Civil Veterinary Dept. Assam report 1927-50 - 1927-1950
Year: 1927
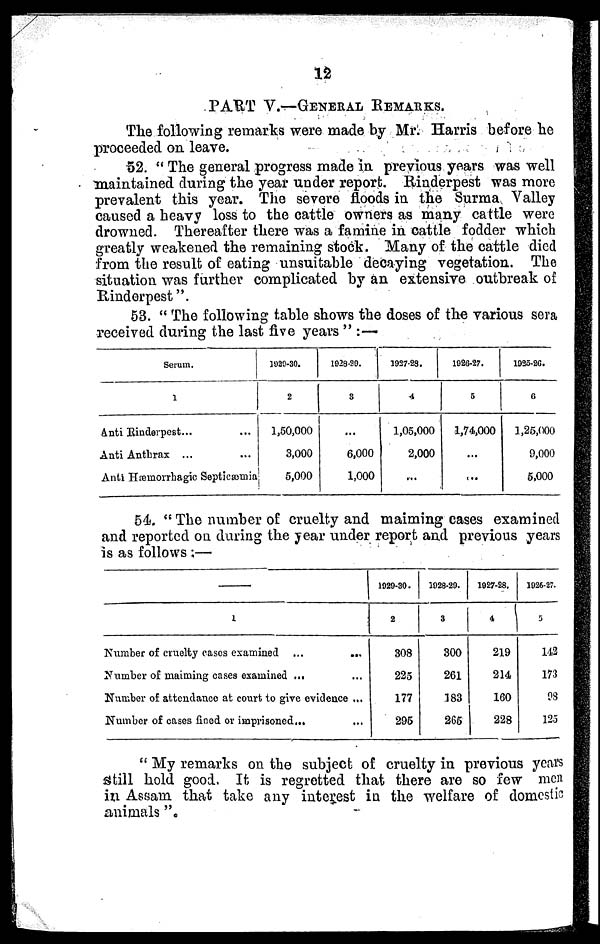
12
PART V.—GENERAL REMARKS.
The following remarks were made by Mr. Harris before he
proceeded on leave.
52. "The general progress made in previous years was well
maintained during the year under report. Rinderpest was more
prevalent this year. The severe floods in the Surma Valley
caused a heavy loss to the cattle owners as many cattle were
drowned. Thereafter there was a famine in cattle fodder which
greatly weakened the remaining stock. Many of the cattle died
from the result of eating unsuitable decaying vegetation. The
situation was further complicated by an extensive outbreak of
Rinderpest".
53. "The following table shows the doses of the various sera
received during the last five years " :—
Serum.
1
Anti Rinderpest... ...
Anti Anthrax ... ...
Anti Hæinorrhagic Septicæmia
1929-30.
2
1,50,000
3,000
5,000
1928-29.
3
...
6,000
1,000
1927-23.
4
1,05,000
2,000
...
1020-27.
5
1,74,000
...
...
1025-26.
6
1,25,000
0,000
5,000
54. "The number of cruelty and maiming cases examined
and reported on during the year under report and previous years
is as follows :—
1
Number of cruelty cases examined ...
...
Number of maiming cases examined ... ...
Number of attendance at court to give evidence ...
Number of cases fined or imprisoned... ...
1929-30.
2
308
225
177
295
1028-29.
3
300
261
183
265
1027-28.
4
219
214
160
228
1926-27.
3
142
173
28
123
"My remarks on the subject of cruelty in previous years
Still hold good. It is regretted that there are so few men
in Assam that take any interest in the welfare of domestic
animals".